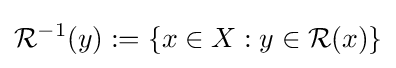
{\mathcal {R}}^{-1}(y):=\{x\in X:y\in {\mathcal {R}}(x)\}